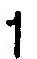
1